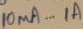
Text: 10mA...A1